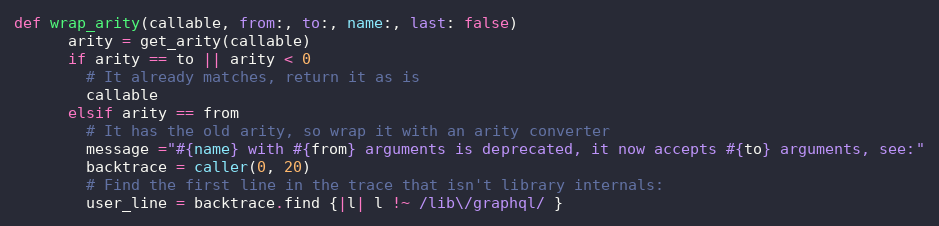
Language: Ruby
def wrap_arity(callable, from:, to:, name:, last: false)
      arity = get_arity(callable)
      if arity == to || arity < 0
        # It already matches, return it as is
        callable
      elsif arity == from
        # It has the old arity, so wrap it with an arity converter
        message ="#{name} with #{from} arguments is deprecated, it now accepts #{to} arguments, see:"
        backtrace = caller(0, 20)
        # Find the first line in the trace that isn't library internals:
        user_line = backtrace.find {|l| l !~ /lib\/graphql/ }